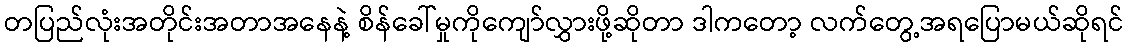
တပြည်လုံးအတိုင်းအတာအနေနဲ့ စိန်ခေါ်မှုကိုကျော်လွှားဖို့ဆိုတာ ဒါကတော့ လက်တွေ့အရပြောမယ်ဆိုရင်